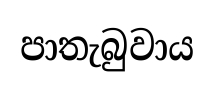
පාතැබුවාය